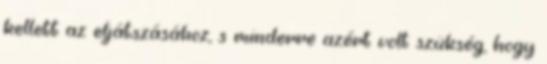
kellett az eljátszásához, s minderre azért volt szükség, hogy